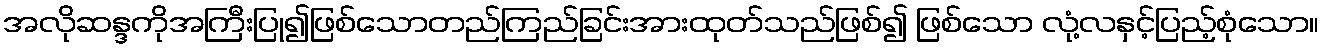
အလိုဆန္ဒကိုအကြီးပြု၍ဖြစ်သောတည်ကြည်ခြင်းအားထုတ်သည်ဖြစ်၍ ဖြစ်သော လုံ့လနှင့်ပြည့်စုံသော။